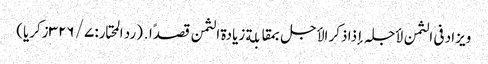
ویزاد فی الثمن لأجلہ إذا ذکر الأجل بمقابلة زیادة الثمن قصدًا․ (رد المحتار: ۷/ ۳۲۶زکریا)